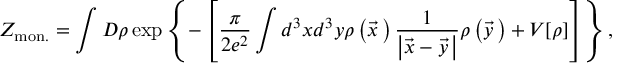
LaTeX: { \cal Z } _ { \mathrm { m o n . } } = \int D \rho \exp \left\{ - \left[ \frac { \pi } { 2 e ^ { 2 } } \int d ^ { 3 } x d ^ { 3 } y \rho \left( \vec { x } { \, } \right) \frac { 1 } { \left| \vec { x } - \vec { y } { \, } \right| } \rho \left( \vec { y } { \, } \right) + V [ \rho ] \right] \right\} ,